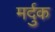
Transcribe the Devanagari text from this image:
मर्दुक